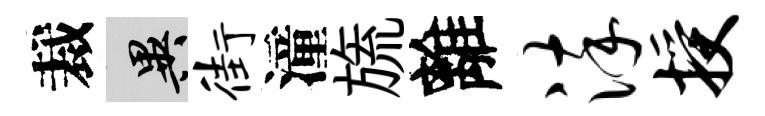
裁异街潼旒離淬授